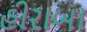
હીરાબા